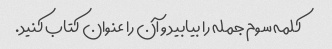
کلمه سوم جمله را بیابید و آن را عنوان کتاب کنید.